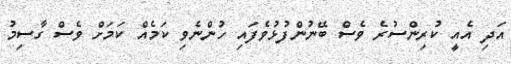
އަދި އެއީ ކުރިންސުރެ ވެސް ބޭނުންފުޅުވެފައި ހުންނެވި ކަމެއް ކަމަށް ވެސް ގާސިމު